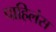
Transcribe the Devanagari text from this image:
पाहिलंस